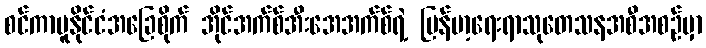
စင်ကာပူနိုင်ငံအခြေစိုက် အိုင်အက်စ်အီးအေအက်စ်ရဲ့ မြန်မာ့ရေးရာသုတေသနအစီအစဉ်မှာ